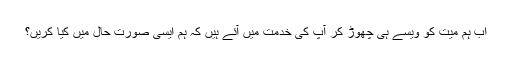
اب ہم میّت کو ویسے ہی چھوڑ کر آپ کی خدمت میں آئے ہیں کہ ہم ایسی صورتِ حال میں کیا کریں؟